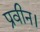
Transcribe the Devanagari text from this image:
प्रवीन।